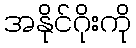
အနိုင်ဂိုးကို